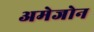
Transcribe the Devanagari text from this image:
अमेजोन